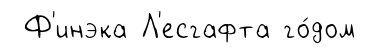
Ф'инэка Л'есгафта го́дом